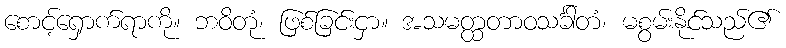
စောင့်ရှောက်ရာကို။ ဘဝိတုံ၊ ဖြစ်ခြင်းငှာ။ အသမတ္ထတာဝသင်္ခါတံ၊ မစွမ်းနိုင်သည်၏